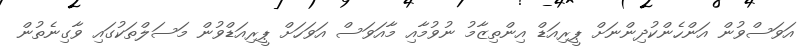
އަވަސްވުން އަންހެންކުދިންނަށް ޕީރިއަޑް އިންތިޒާމު ނުވުމާއި މާއަވަސް އަވަހަށް ޕީރިއަޑްވުން މަސަލްތަކުގައި ވާގިނެތުން